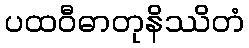
ပထဝီဓာတုနိဿိတံ